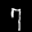
Label: 7